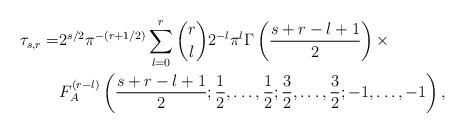
\begin{align*}\tau_{s,r}=&2^{s/2}\pi^{-(r+1/2)}\sum_{\substack{l=0\\}}^r\binom{r}{l} 2^{-l}\pi^l\Gamma\left(\frac{s+r-l+1}{2}\right)\times\\&F_A^{(r-l)}\left(\frac{s+r-l+1}{2};\frac{1}{2},\ldots,\frac{1}{2};\frac{3}{2},\ldots,\frac{3}{2};-1,\ldots,-1\right),\end{align*}